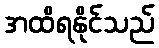
အထိရနိုင်သည်